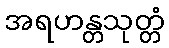
အရဟန္တသုတ္တံ